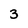
Character: 3